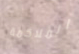
الملاكمة